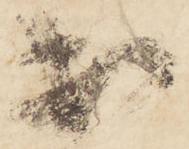
出